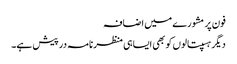
فون پر مشورے میں اضافہ
دیگر ہسپتالوں کو بھی ایسا ہی منظرنامہ درپیش ہے۔